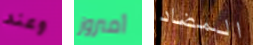
وعند أمبروز المضاد